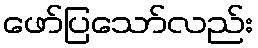
ဖော်ပြသော်လည်း